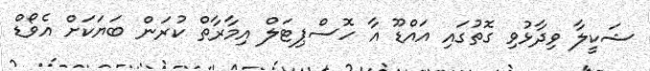
ޝަކީލާ ވިދާޅުވި ގޮތުގައި އައްޑޫ އާ ހޮސްޕިޓަލް އިމާރާތް ކުރަން ބަޔަކަށް އެވޯޑް